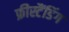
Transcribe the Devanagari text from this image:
फ्रीस्टैंडिंग